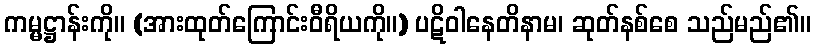
ကမ္မဋ္ဌာန်းကို။ (အားထုတ်ကြောင်းဝီရိယကို။) ပဋိဝါနေတိနာမ၊ ဆုတ်နစ်စေ သည်မည်၏။